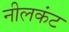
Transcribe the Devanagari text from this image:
नीलकंट